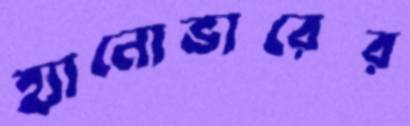
হ্যানোভারের